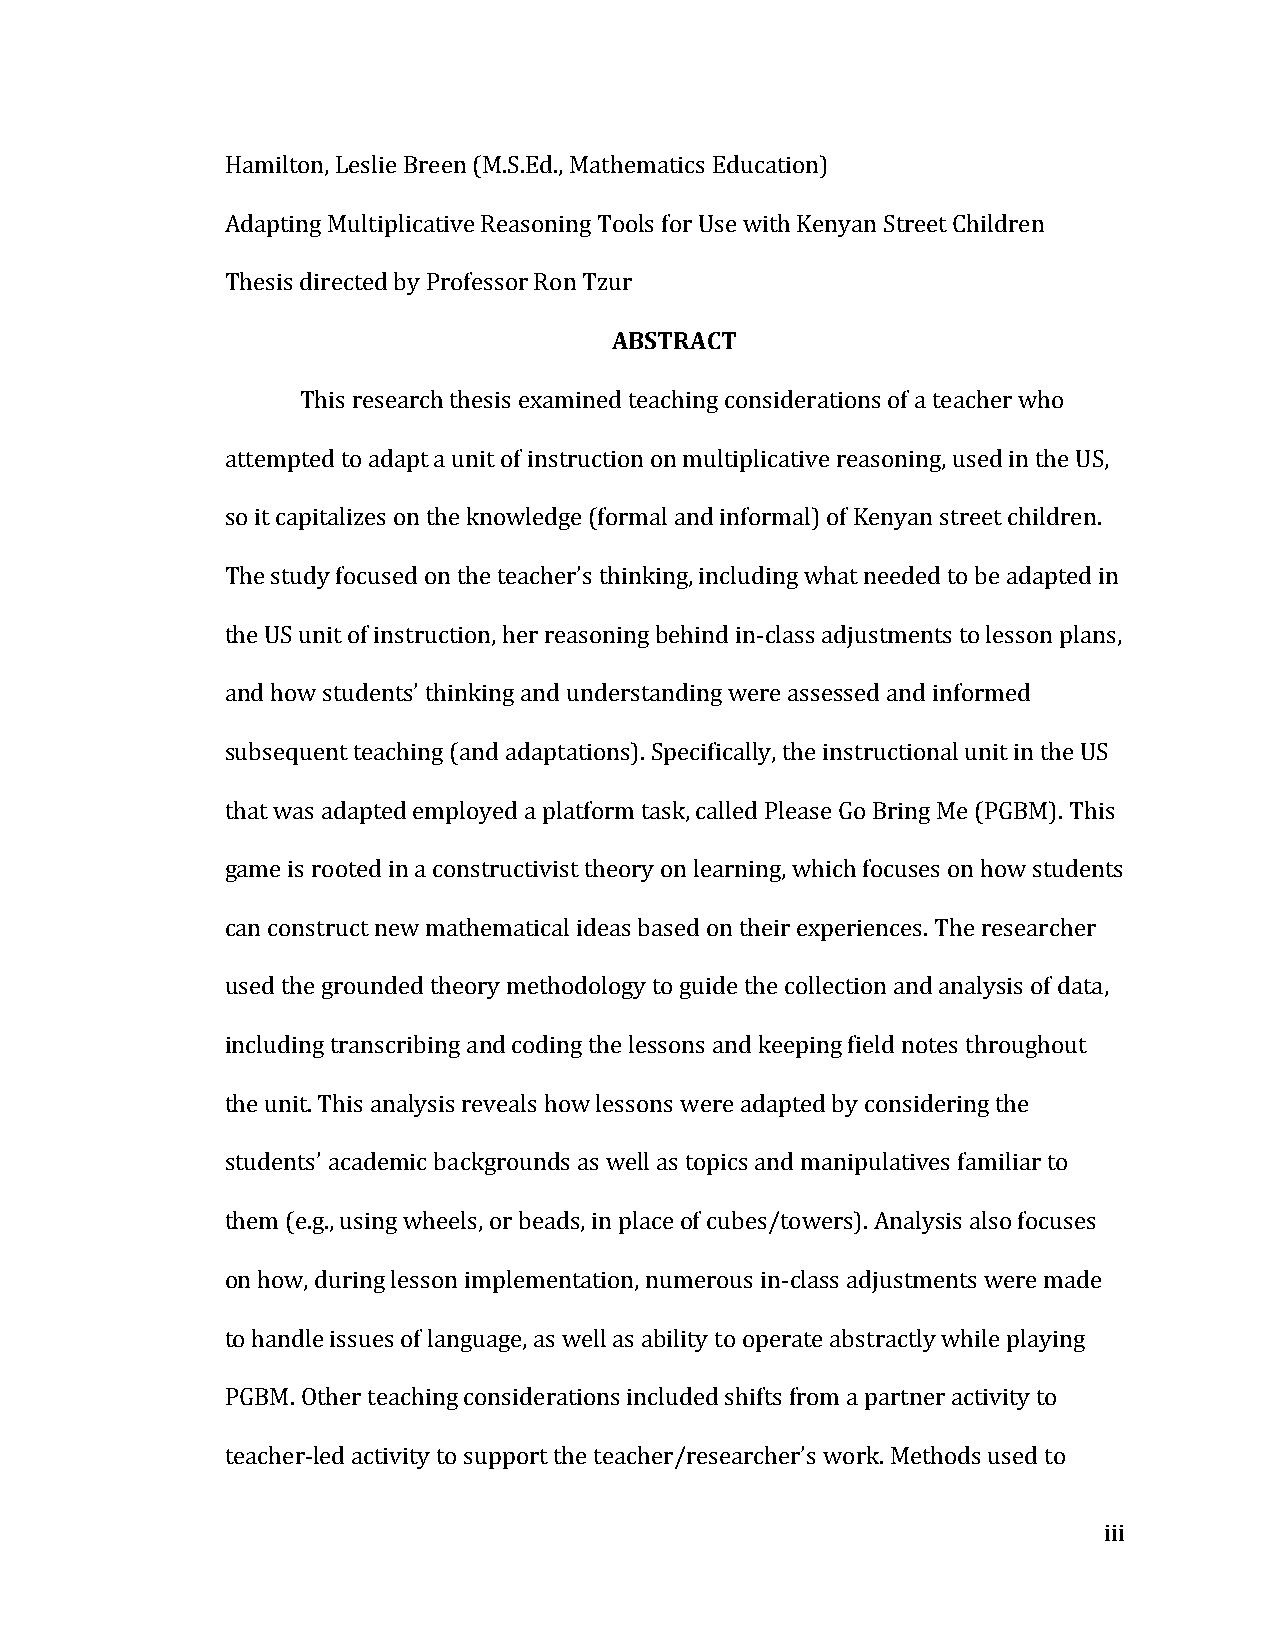
Hamilton, Leslie Breen (M.S.Ed., Mathematics Education)
 Adapting Multiplicative Reasoning Tools for Use with Kenyan Street Children
 Thesis directed by Professor Ron Tzur
 ABSTRACT
 This research thesis examined teaching considerations of a teacher who
 attempted to adapt a unit of instruction on multiplicative reasoning, used in the US,
 so it capitalizes on the knowledge (formal and informal) of Kenyan street children.
 The study focused on the teacher’s thinking, including what needed to be adapted in
 the US unit of instruction, her reasoning behind in-­‐class adjustments to lesson plans,
 and how students’ thinking and understanding were assessed and informed
 subsequent teaching (and adaptations). Specifically, the instructional unit in the US
 that was adapted employed a platform task, called Please Go Bring Me (PGBM). This
 game is rooted in a constructivist theory on learning, which focuses on how students
 can construct new mathematical ideas based on their experiences. The researcher
 used the grounded theory methodology to guide the collection and analysis of data,
 including transcribing and coding the lessons and keeping field notes throughout
 the unit. This analysis reveals how lessons were adapted by considering the
 students’ academic backgrounds as well as topics and manipulatives familiar to
 them (e.g., using wheels, or beads, in place of cubes/towers). Analysis also focuses
 on how, during lesson implementation, numerous in-­‐class adjustments were made
 to handle issues of language, as well as ability to operate abstractly while playing
 PGBM. Other teaching considerations included shifts from a partner activity to
 teacher-­‐led activity to support the teacher/researcher’s work. Methods used to
 iii